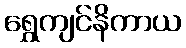
ရွှေကျင်နိကာယ